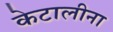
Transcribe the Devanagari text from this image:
केटालीना